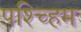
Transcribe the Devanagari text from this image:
पश्च्हिम